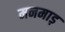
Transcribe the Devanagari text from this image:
मनमाड़